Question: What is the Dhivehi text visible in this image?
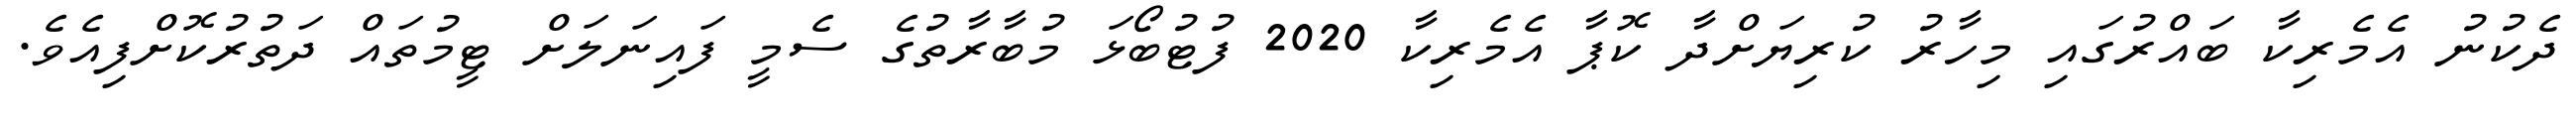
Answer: ދެކުނު އެމެރިކާ ބައްރުގައި މިހާރު ކުރިޔަށްދާ ކޮޕާ އެމެރިކާ 2020 ފުޓުބޯޅަ މުބާރާތުގެ ސެމީ ފައިނަލަށް ޓީމުތައް ދަތުރުކޮށްފިއެވެ.